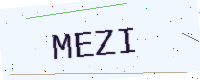
Text: MEZI